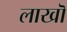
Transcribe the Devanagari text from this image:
लाखॊ